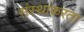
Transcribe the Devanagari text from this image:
संस्थांकरता